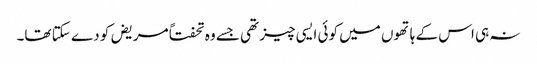
نہ ہی اس کے ہاتھوں میں کوئی ایسی چیز تھی جسے وہ تحفتاً مریض کو دے سکتا تھا۔